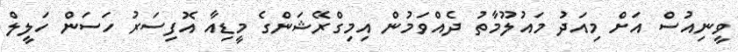
ވީނިއުސް އަށް މިއަދު މައުލޫމާތު ދެއްވަމުން އިމިގްރޭޝަންގެ މީޑިއާ އޮފިސަރު ހަސަން ހަލީލް